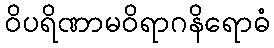
ဝိပရိဏာမဝိရာဂနိရောဓံ